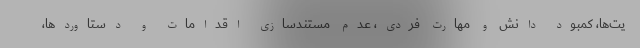
یت‌ها، کمبود دانش و مهارت فردی، عدم مستند‌سازی اقدامات و دستاوردها،